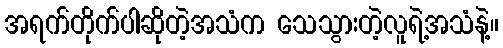
အရက်တိုက်ပါဆိုတဲ့အသံက သေသွားတဲ့လူရဲ့အသံနဲ့။